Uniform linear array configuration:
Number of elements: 8
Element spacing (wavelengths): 0.75
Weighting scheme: hamming
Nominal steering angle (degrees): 30
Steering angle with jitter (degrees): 31.379
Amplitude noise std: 0.05
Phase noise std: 0.05

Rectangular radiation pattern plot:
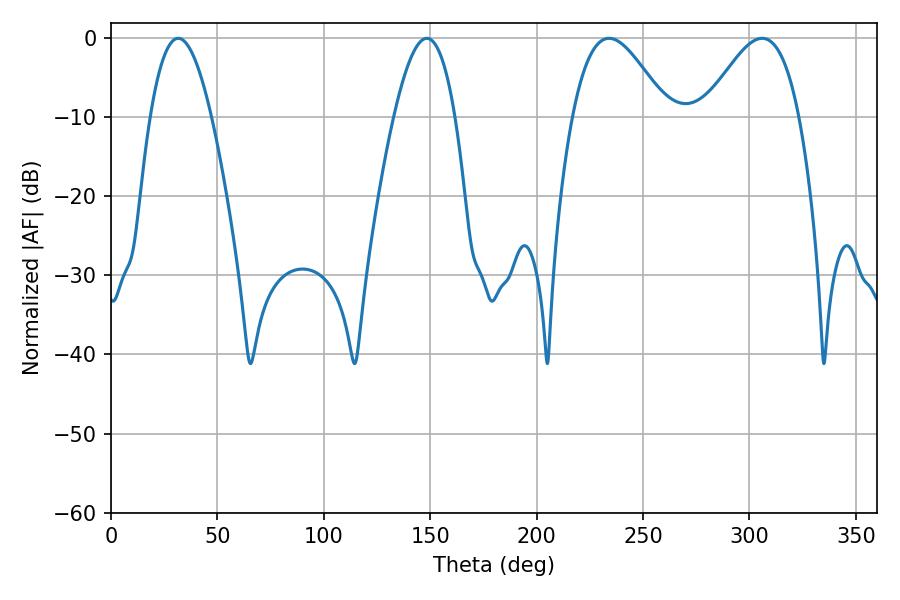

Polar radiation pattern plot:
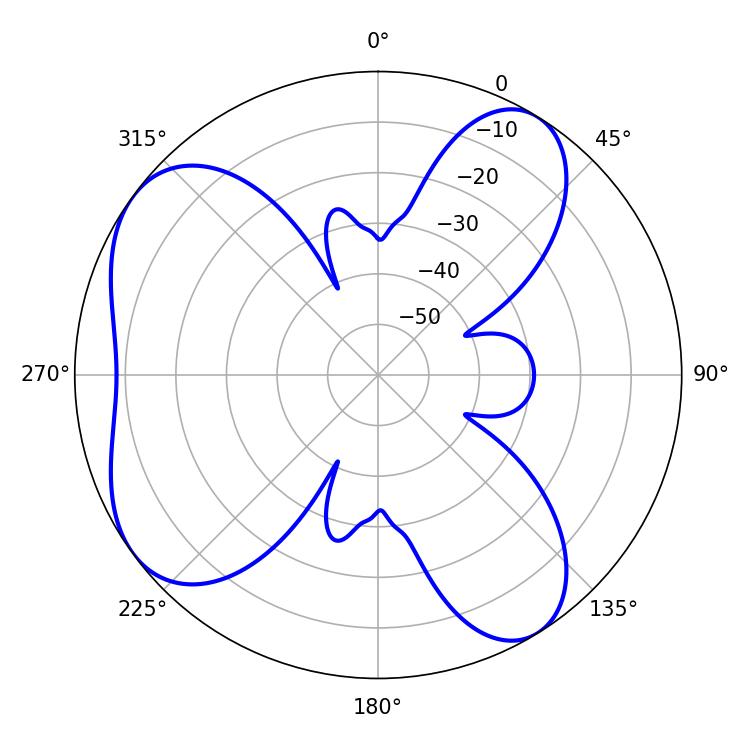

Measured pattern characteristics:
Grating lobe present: TRUE
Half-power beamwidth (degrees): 23.94
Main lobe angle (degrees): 306